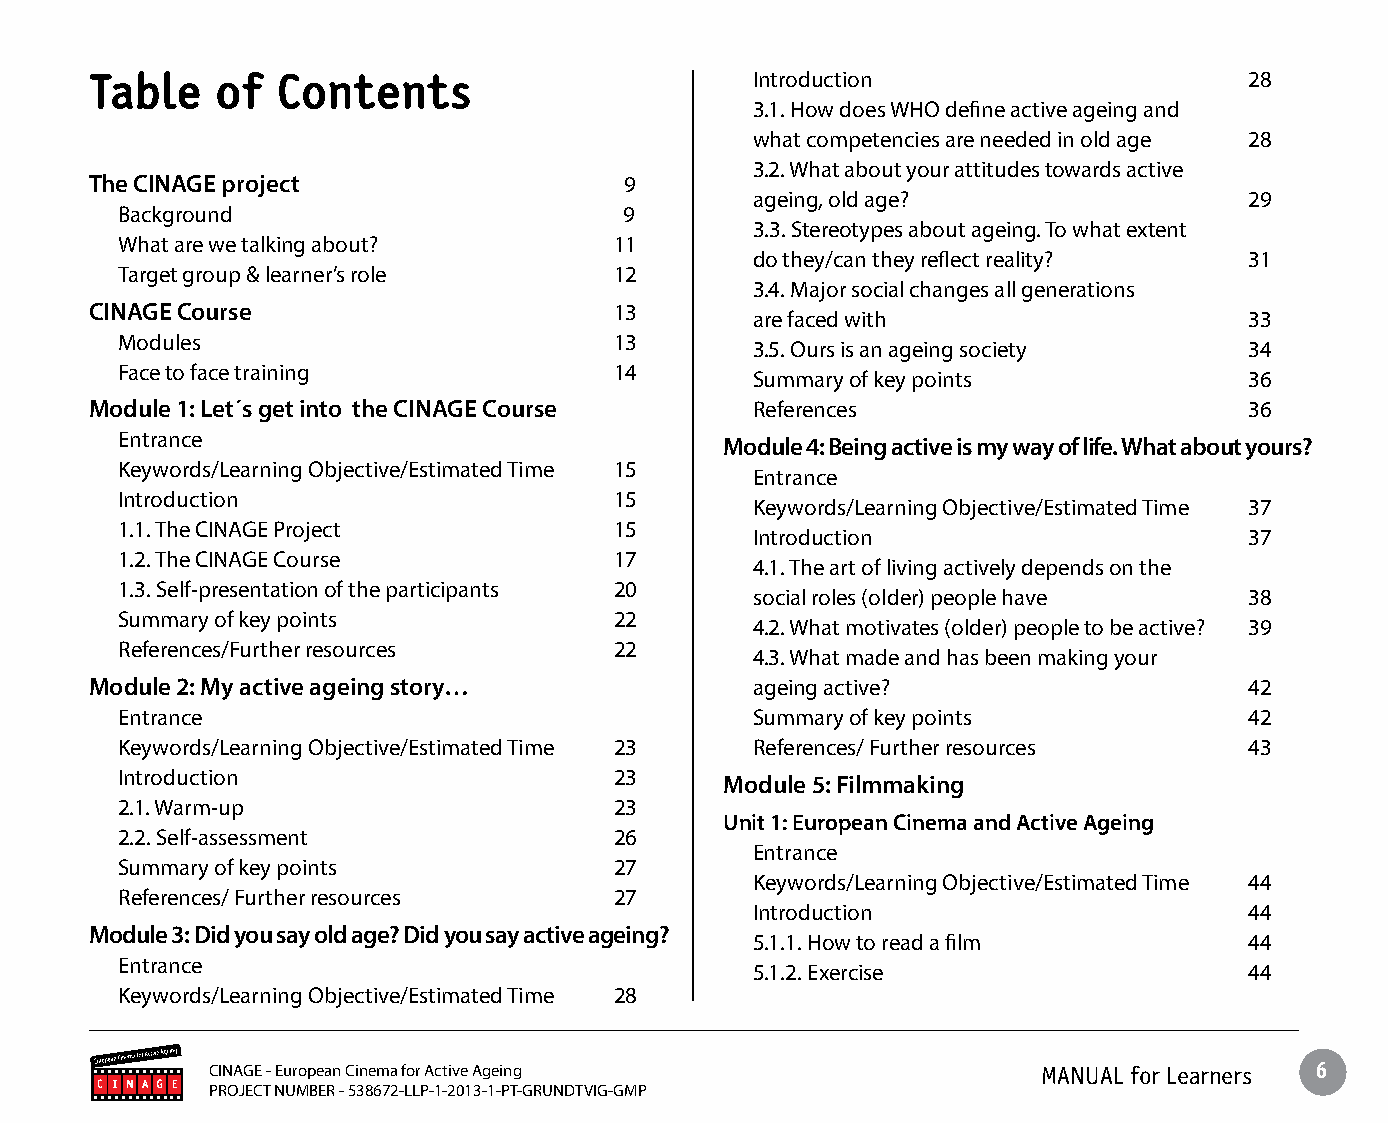
Table   of  Contents                        Introduction                     28
 3.1. How does WHO define active ageing and
 what competencies are needed in old age 28
 3.2. What about your attitudes towards active
 The CINAGE project                 9
 ageing, old age?                 29
 Background                       9
 3.3. Stereotypes about ageing. To what extent
 What are we talking about?       11
 do they/can they reflect reality? 31
 Target group & learner’s role    12
 3.4. Major social changes all generations
 CINAGE Course                      13
 are faced with                   33
 Modules                          13
 3.5. Ours is an ageing society   34
 Face to face training            14
 Summary of key points            36
 Module 1: Let´s get into the CINAGE Course  References                       36
 Entrance                                Module 4: Being active is my way of life. What about yours?
 Keywords/Learning Objective/Estimated Time 15
 Entrance
 Introduction                     15
 Keywords/Learning Objective/Estimated Time 37
 1.1. The CINAGE Project          15
 Introduction                     37
 1.2. The CINAGE Course           17
 4.1. The art of living actively depends on the
 1.3. Self-presentation of the participants 20
 social roles (older) people have 38
 Summary of key points            22
 4.2. What motivates (older) people to be active? 39
 References/Further resources     22
 4.3. What made and has been making your
 Module 2: My active ageing story…           ageing active?                   42
 Entrance                                  Summary of key points            42
 Keywords/Learning Objective/Estimated Time 23 References/ Further resources 43
 Introduction                     23     Module 5: Filmmaking
 2.1. Warm-up                     23
 Unit 1: European Cinema and Active Ageing
 2.2. Self-assessment             26
 Entrance
 Summary of key points            27
 Keywords/Learning Objective/Estimated Time 44
 References/ Further resources    27
 Introduction                     44
 Module 3: Did you say old age? Did you say active ageing?
 5.1.1. How to read a film        44
 Entrance
 5.1.2. Exercise                  44
 Keywords/Learning Objective/Estimated Time 28
 CINAGE - European Cinema for Active Ageing             MANUAL for Learners 6
 PROJECT NUMBER - 538672-LLP-1-2013-1-PT-GRUNDTVIG-GMP